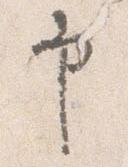
申